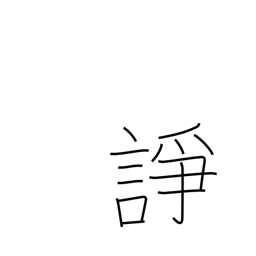
Meaning: quarrel